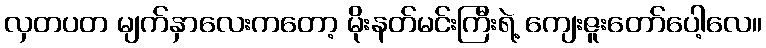
လှတပတ မျက်နှာလေးကတော့ မိုးနတ်မင်းကြီးရဲ့ ကျေးဇူးတော်ပေါ့လေ။